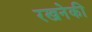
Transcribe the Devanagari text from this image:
रखनेकी